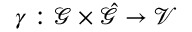
\gamma : \mathcal { \mathcal { G } } \times \hat { \mathcal { \mathcal { G } } } \to \mathcal { V }